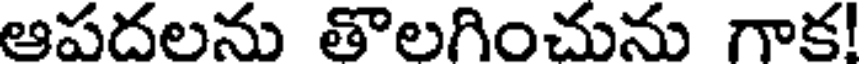
ఆపదలను తొలగించును గాక!